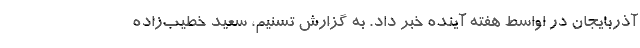
آذربایجان در اواسط هفته آینده خبر داد. به گزارش تسنیم، سعید خطیب‌زاده